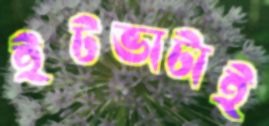
ইটভাটাই